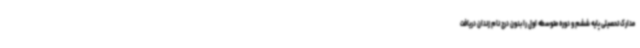
مدارک تحصیلی پایه ششم و دوره متوسطه اول را بدون درج نام زندان دریافت